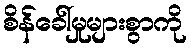
စိန်ခေါ်မှုများစွာကို